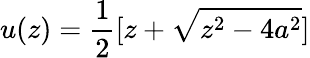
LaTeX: u(z)={\frac{1}{2}}[z+\sqrt{z^{2}-4a^{2}}]